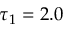
\tau _ { 1 } = 2 . 0